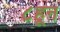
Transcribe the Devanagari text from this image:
८हून